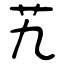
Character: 艽